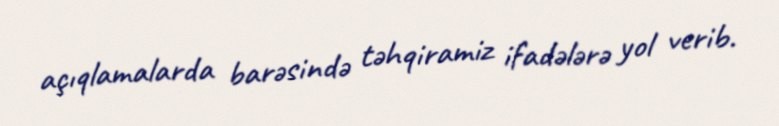
açıqlamalarda barəsində təhqiramiz ifadələrə yol verib.